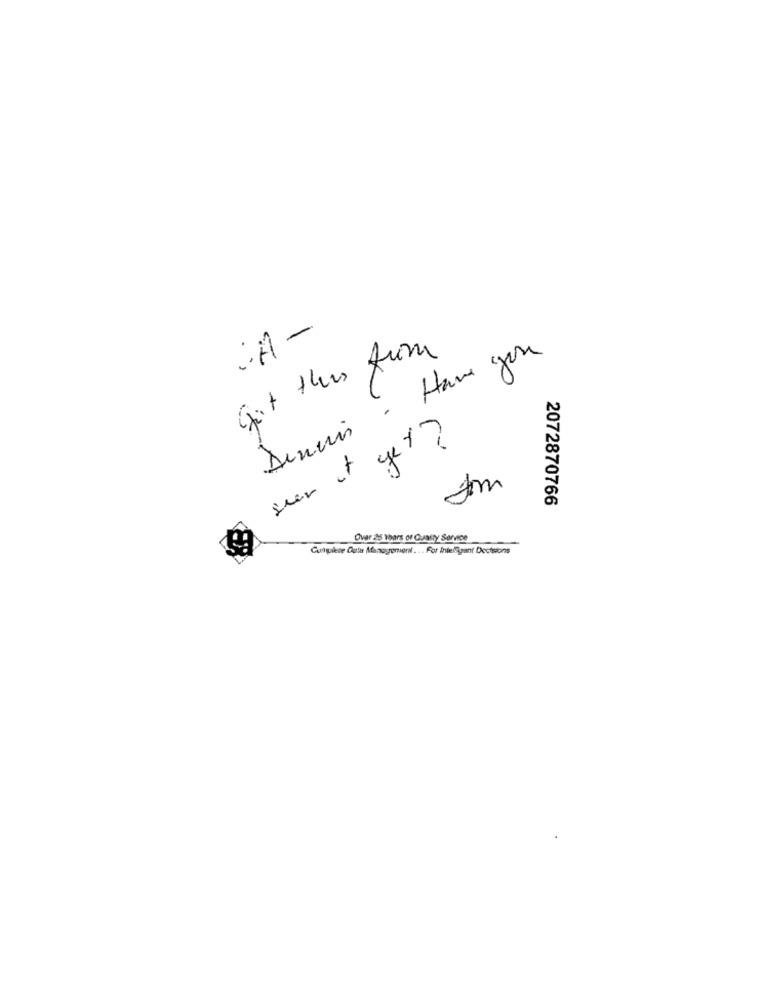
·A-
Got this from
Dencias . Have you
ser it yet?
2072870766
Over 25 Yhars of Ouatty Service
Cungilete Cula Management ... For Inteligant Decisions